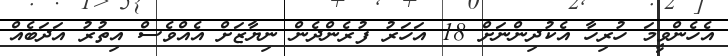
އެހެންވީމަ ހުރިހާ އެކުދިންނަށް 18 އަހަރު ފުރެންދެން ނިޔާޒަށް އެއްވެސް އިތުރު އަދަބެއް